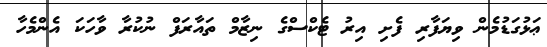
ޢަޅުގަޑުމެން ވިޔަފާރި ފެށި އިރު ޓެކްސްގެ ނިޒާމް ތައާރަފް ނުކުރާ ވާހަކަ އެންމެހާ